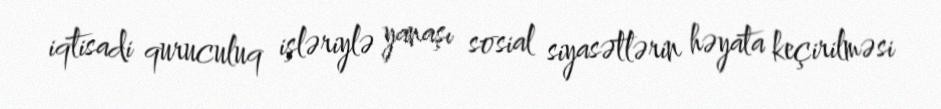
iqtisadi quruculuq işləriylə yanaşı sosial siyasətlərin həyata keçirilməsi